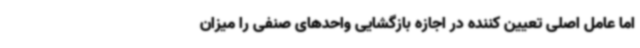
اما عامل اصلی تعیین کننده در اجازه بازگشایی واحدهای صنفی را میزان